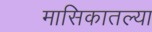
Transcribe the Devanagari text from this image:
मासिकातल्या